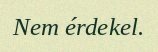
Nem érdekel.